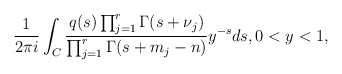
\begin{align*} \frac{1}{2\pi i} \int_{C} \frac{q(s) \prod_{j=1}^r \Gamma(s+\nu_j)}{\prod_{j=1}^r \Gamma(s+m_j-n)} y^{-s} ds, 0 < y < 1, \end{align*}